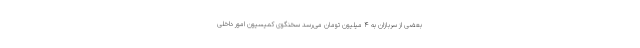
بعضی از سربازان به ۴ میلیون تومان می‌رسد سخنگوی کمیسیون امور داخلی